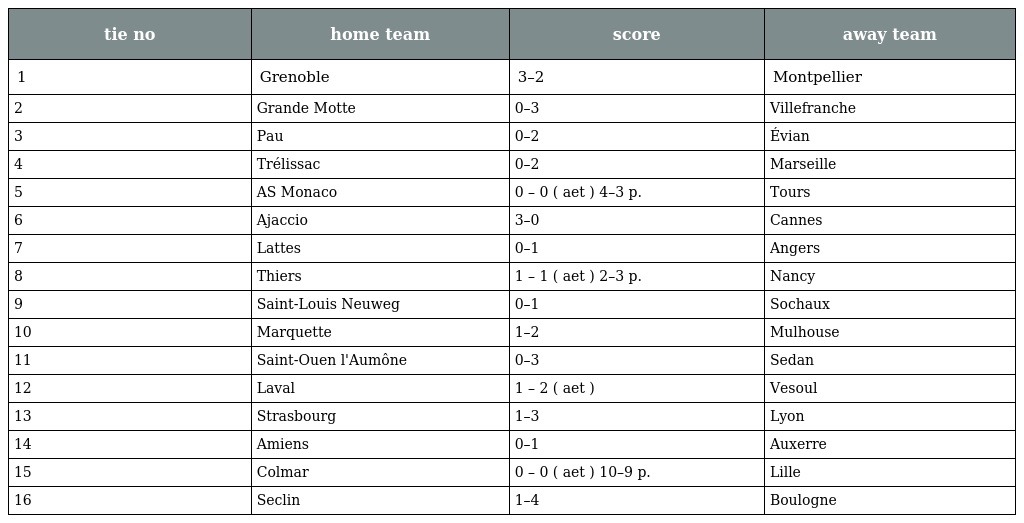
| tie no | home team | score | away team |
 | --- | --- | --- | --- |
 | 1 | Grenoble | 3–2 | Montpellier |
 | 2 | Grande Motte | 0–3 | Villefranche |
 | 3 | Pau | 0–2 | Évian |
 | 4 | Trélissac | 0–2 | Marseille |
 | 5 | AS Monaco | 0 – 0 ( aet ) 4–3 p. | Tours |
 | 6 | Ajaccio | 3–0 | Cannes |
 | 7 | Lattes | 0–1 | Angers |
 | 8 | Thiers | 1 – 1 ( aet ) 2–3 p. | Nancy |
 | 9 | Saint-Louis Neuweg | 0–1 | Sochaux |
 | 10 | Marquette | 1–2 | Mulhouse |
 | 11 | Saint-Ouen l'Aumône | 0–3 | Sedan |
 | 12 | Laval | 1 – 2 ( aet ) | Vesoul |
 | 13 | Strasbourg | 1–3 | Lyon |
 | 14 | Amiens | 0–1 | Auxerre |
 | 15 | Colmar | 0 – 0 ( aet ) 10–9 p. | Lille |
 | 16 | Seclin | 1–4 | Boulogne |